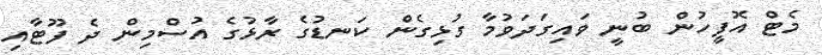
މެޓް އޮފީހުން ބުނީ ވައިގަދަވުމާ ގުޅިގެން ކަނޑުގެ ރާޅުގެ އުސްމިން ދެ ފޫޓާއި